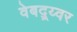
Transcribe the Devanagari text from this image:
वेबद्र्य्वर